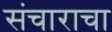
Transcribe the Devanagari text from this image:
संचाराचा